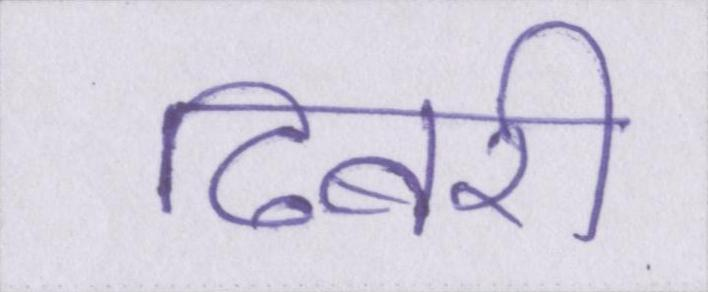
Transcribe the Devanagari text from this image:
ढिबरी